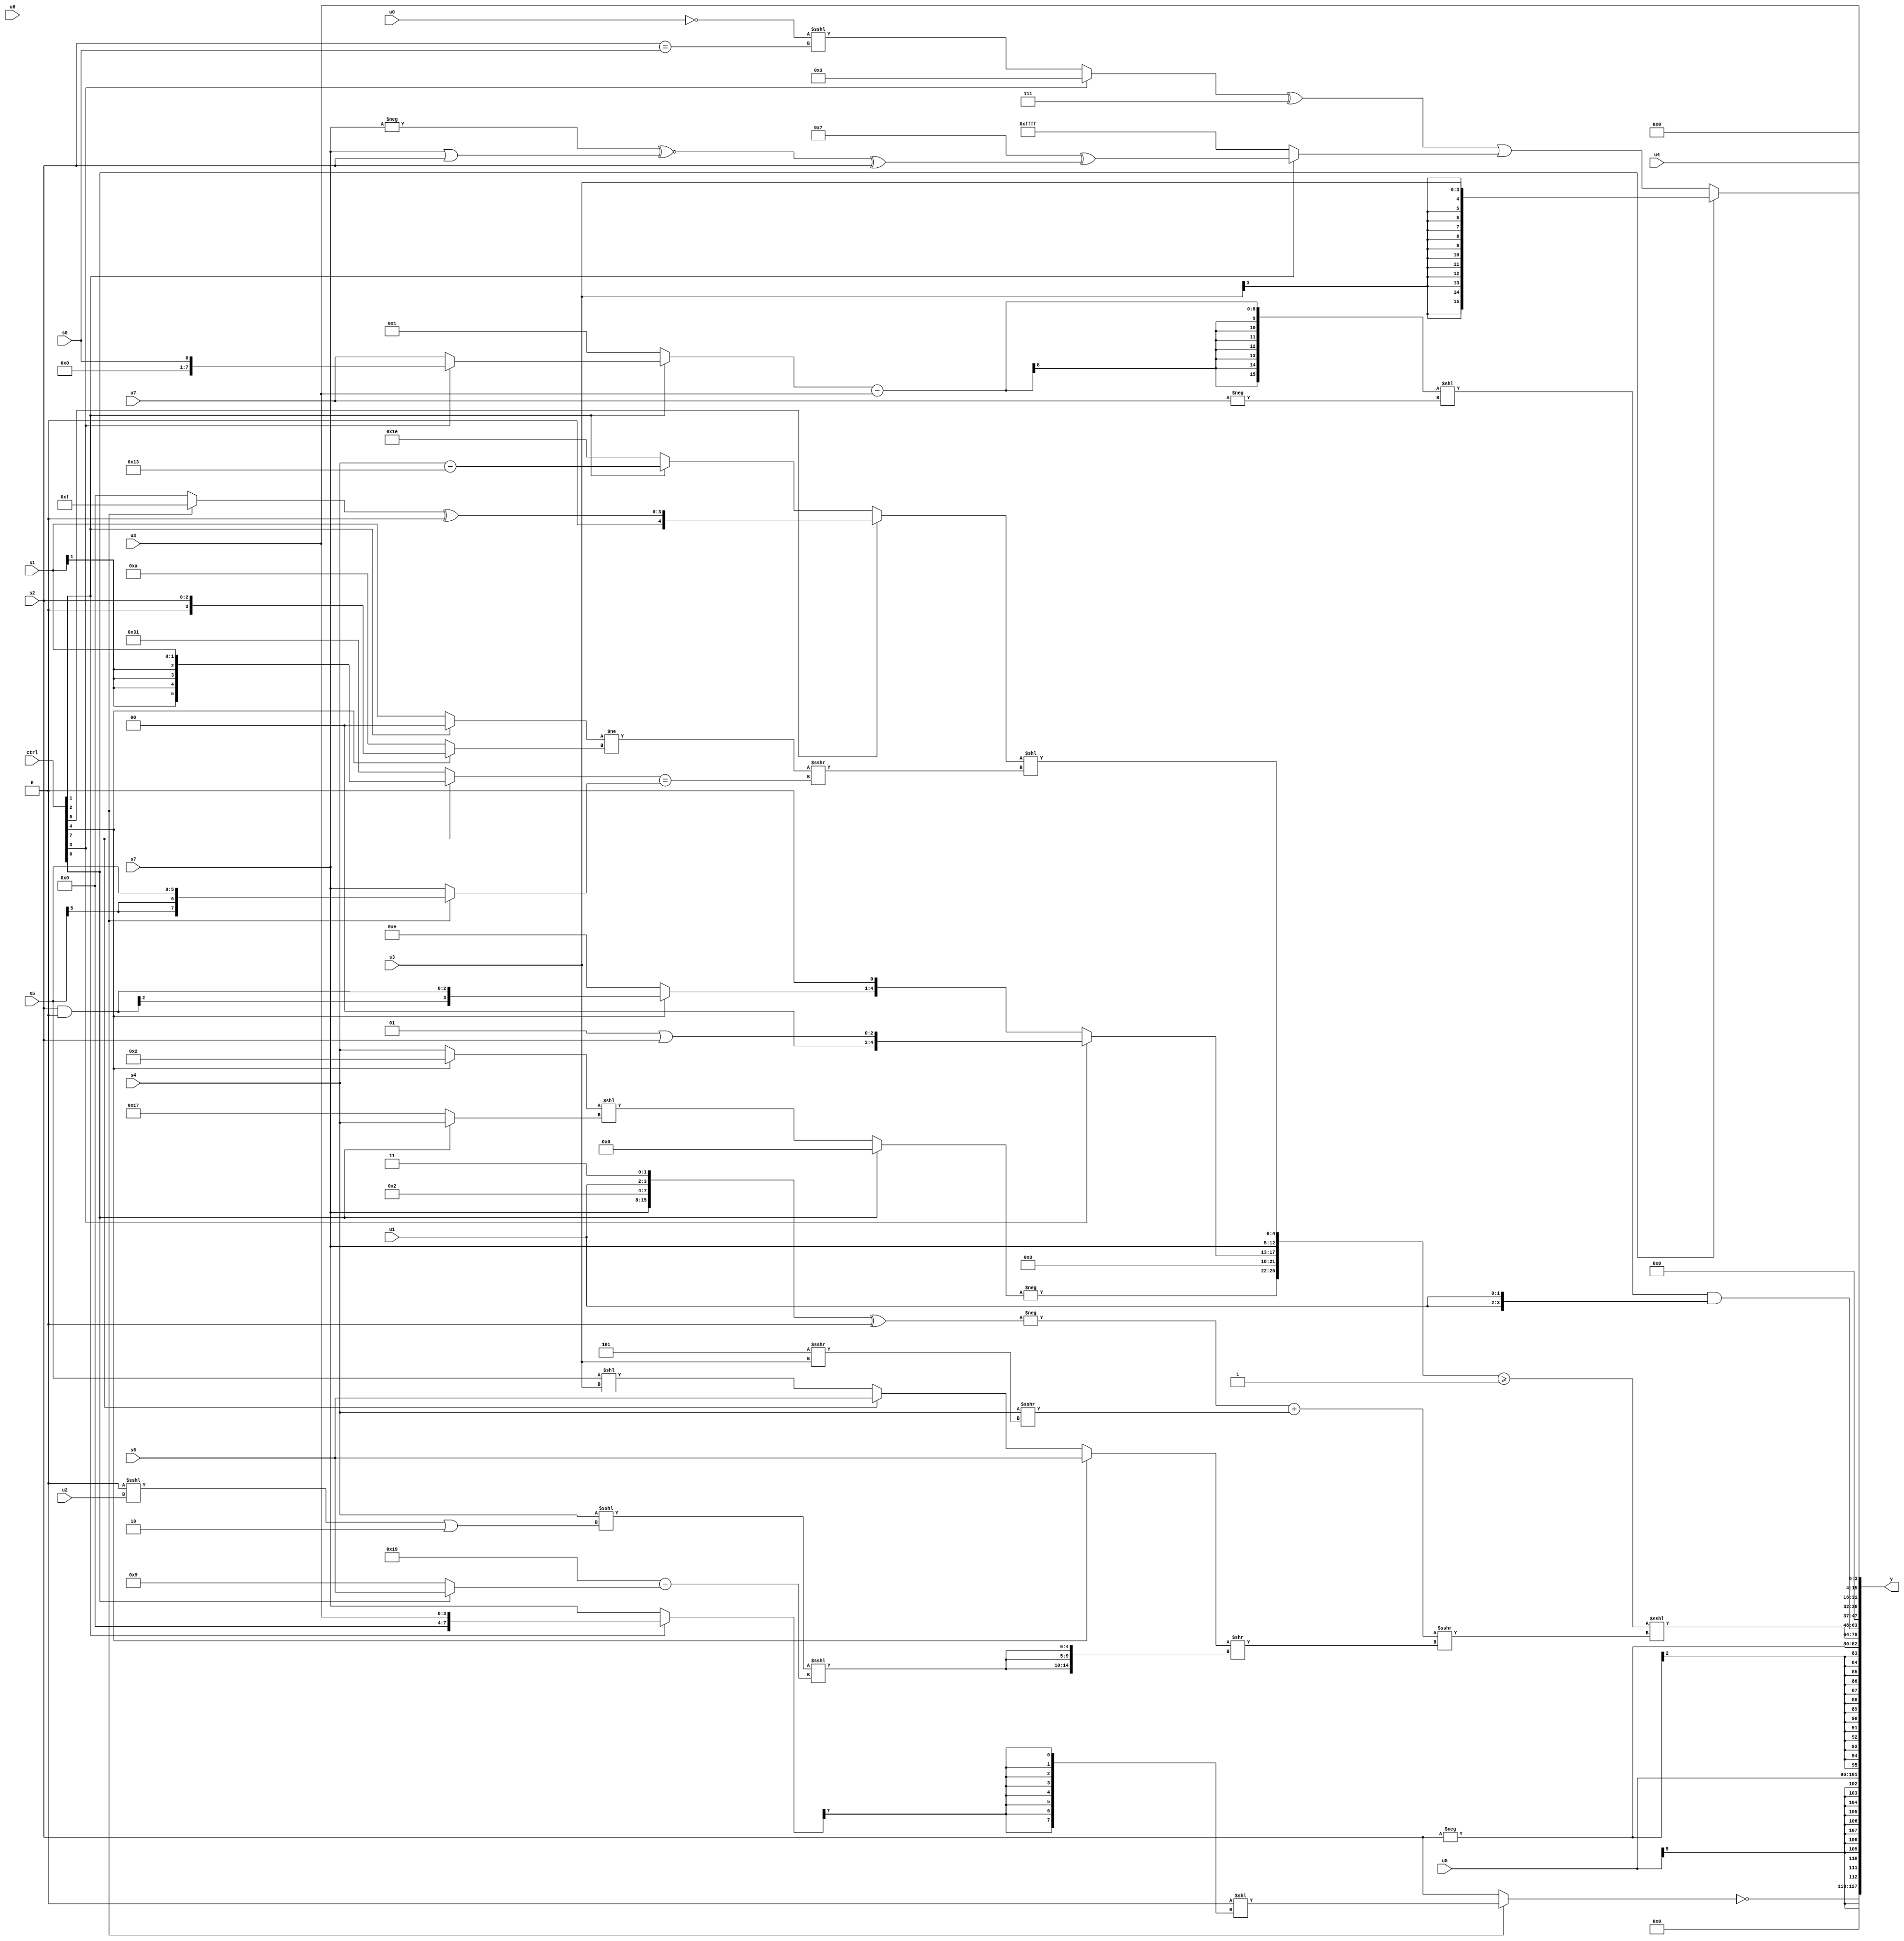
module wideexpr_00749(ctrl, u0, u1, u2, u3, u4, u5, u6, u7, s0, s1, s2, s3, s4, s5, s6, s7, y);
  input [7:0] ctrl;
  input [0:0] u0;
  input [1:0] u1;
  input [2:0] u2;
  input [3:0] u3;
  input [4:0] u4;
  input [5:0] u5;
  input [6:0] u6;
  input [7:0] u7;
  input signed [0:0] s0;
  input signed [1:0] s1;
  input signed [2:0] s2;
  input signed [3:0] s3;
  input signed [4:0] s4;
  input signed [5:0] s5;
  input signed [6:0] s6;
  input signed [7:0] s7;
  output [127:0] y;
  wire [15:0] y0;
  wire [15:0] y1;
  wire [15:0] y2;
  wire [15:0] y3;
  wire [15:0] y4;
  wire [15:0] y5;
  wire [15:0] y6;
  wire [15:0] y7;
  assign y = {y0,y1,y2,y3,y4,y5,y6,y7};
  assign y0 = !($signed((ctrl[2]?(1'b0)<<(($signed((ctrl[1]?u3:s7)))>>>(4'sb1010)):s2)));
  assign y1 = $signed(u5);
  assign y2 = $signed(+($signed(-(s2))));
  assign y3 = (({{-((ctrl[0]?-($signed(1'sb0)):((ctrl[4]?3'sb010:s4))<<((ctrl[0]?s4:5'sb10111)))),{1{4'sb0011}},(ctrl[3]?$unsigned($unsigned((2'sb01)|(s2))):{(ctrl[4]?(s2)&(4'sb0000):(ctrl[3]?2'sb01:2'sb10)),((1'sb1)>>(2'b10))^(1'sb0)}),s7},((ctrl[5]?((ctrl[2]?+(5'sb01111):(1'sb0)>>>(3'sb100)))^(1'sb0):(ctrl[1]?((s4)-(5'sb10011))>>>((s6)>>(5'sb10010)):2'sb10)))<<((((ctrl[1]?+(2'b00):s1))!=((ctrl[4]?s2:-(4'sb0110))))>>>(&(((ctrl[7]?s1:6'sb110001))==((ctrl[2]?s5:s7)))))})>=(1'sb1))<<<(($signed(+((-(({s7,4'b0010,u1,2'sb11})^((s2)>>(6'sb110010))))+((+(s4))>>>(({4'b0101})>>>({1{s3}}))))))>>>(((ctrl[4]?s6:$signed(((ctrl[7]?s6:(s5)<<(s3)))>>(-(1'sb0)))))>>({3{((s4)<<<(((1'b0)<<<(u2))|($unsigned(2'sb10))))<<<(({$signed(6'sb011001)})-({1{(ctrl[0]?s6:5'sb01001)}}))}})));
  assign y4 = ((((ctrl[1]?(ctrl[3]?s0:u7):~^(2'sb00)))-(u3))<<(+(-($signed(u7)))))&({2{u1}});
  assign y5 = u4;
  assign y6 = (ctrl[0]?s3:($signed(((ctrl[3]?3'b011:(~(u0))<<<((s2)==(s0))))^(5'sb00111)))|((ctrl[1]?((5'sb00111)+(-($signed(2'sb00))))^(((-(s7))^~((s7)|(s2)))^($signed($signed(s2)))):2'sb11)));
  assign y7 = u3;
endmodule